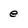
Character: e